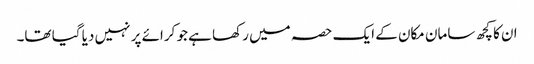
ان کا کچھ سامان مکان کے ایک حصہ میں رکھا ہے جو کرائے پر نہیں دیا گیا تھا۔